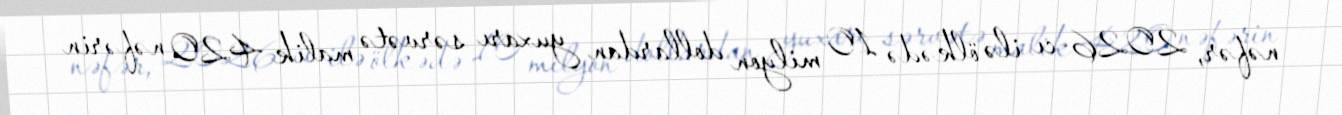
nəfər, 2026-cı ilə ölkədə 10 milyon dollardan yuxarı sərvətə malik 420 nəfərin